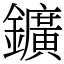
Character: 鑛